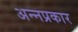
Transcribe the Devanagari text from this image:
अन्नप्रकार